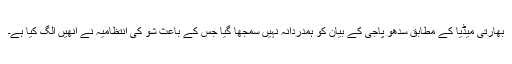
بھارتی میڈیا کے مطابق سدھو پاجی کے بیان کو ہمدردانہ نہیں سمجھا گیا جس کے باعث شو کی انتظامیہ نے انھیں الگ کیا ہے۔